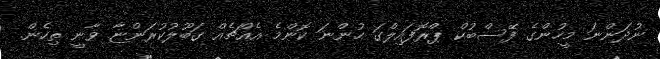
ނުދަންނަ މީހުންގެ ފޭސްބުކް ޕްރޮފައިލްގަ ހުންނަ ކޮންމެ އެއްޗެއް ގަބޫލުކުރަންޏާ ވާނީ ތިހެން.